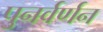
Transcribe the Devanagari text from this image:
पुनर्वर्णन